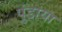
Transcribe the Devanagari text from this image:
पुंडाया